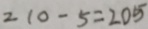
2 1 0 - 5 = 2 0 5